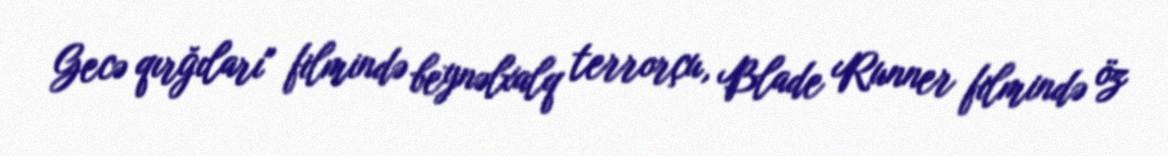
Gecə qırğıları" filmində beynəlxalq terrorçu, Blade Runner filmində öz